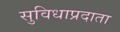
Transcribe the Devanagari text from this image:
सुविधाप्रदाता